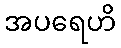
အပရေဟိ